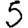
Digit: 5